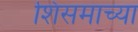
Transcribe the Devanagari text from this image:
शिसमाच्या